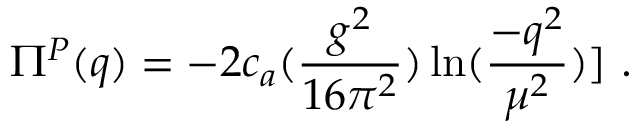
{ { \Pi } ^ { P } } ( q ) = - 2 c _ { a } ( \frac { g ^ { 2 } } { 1 6 \pi ^ { 2 } } ) \ln ( \frac { - q ^ { 2 } } { \mu ^ { 2 } } ) ] ~ .